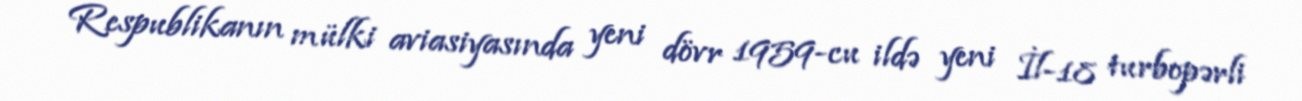
Respublikanın mülki aviasiyasında yeni dövr 1959-cu ildə yeni İl-18 turbopərli